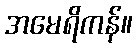
အမေရိကန်။